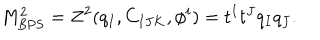
M _ { \mathrm { B P S } } ^ { 2 } = Z ^ { 2 } ( q _ { I } , C _ { I J K } , \phi ^ { i } ) = t ^ { I } t ^ { J } q _ { I } q _ { J } .